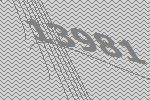
13981